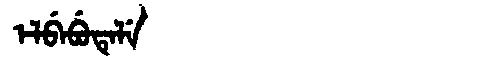
Manchu: ᡝᠯᠪᡝᠪᡠᡨᡝᠯᡝ
Romanization: ELBEBUTELE